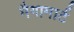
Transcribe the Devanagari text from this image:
मैगामार्ट